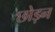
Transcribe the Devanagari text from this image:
छोड़न